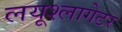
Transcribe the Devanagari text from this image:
लयूश्लागेटर